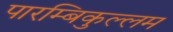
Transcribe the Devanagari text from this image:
पारम्बिकुल्लम